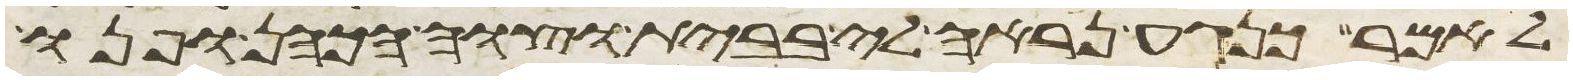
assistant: לאמר כנגע נראה לי בבית וצוה הכהן ופנו